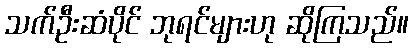
သက်ဦးဆံပိုင် ဘုရင်များဟု ဆိုကြသည်။